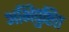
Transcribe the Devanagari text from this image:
अभिपुष्टित